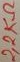
Text: 2,2KΩ